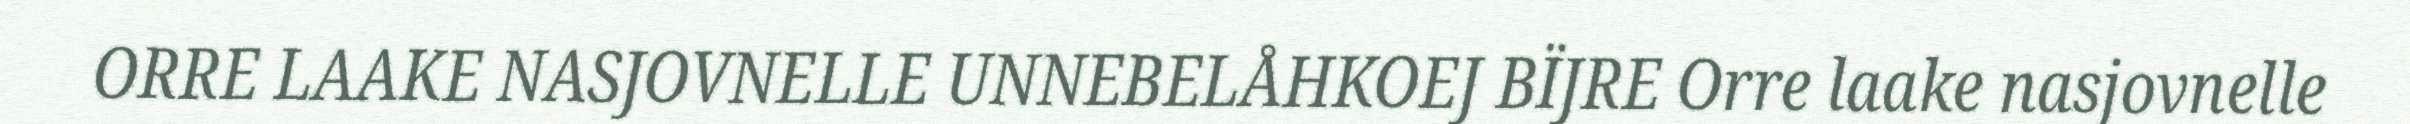
ORRE LAAKE NASJOVNELLE UNNEBELÅHKOEJ BÏJRE Orre laake nasjovnelle